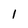
Character: 1